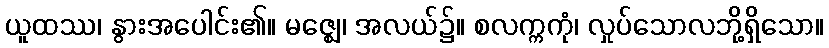
ယူထဿ၊ နွားအပေါင်း၏။ မဇ္ဈေ၊ အလယ်၌။ စလက္ကကုံ၊ လှုပ်သောလဘို့ရှိသော။